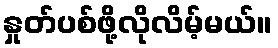
နှုတ်ပစ်ဖို့လိုလိမ့်မယ်။